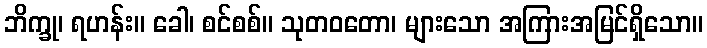
ဘိက္ခု၊ ရဟန်း။ ခေါ၊ စင်စစ်။ သုတဝတော၊ များသော အကြားအမြင်ရှိသော။